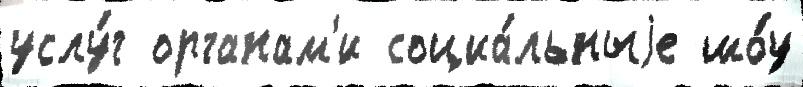
услу́г органам'и социа́льныjе шо́у